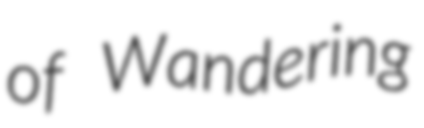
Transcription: of Wandering